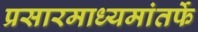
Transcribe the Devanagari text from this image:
प्रसारमाध्यमांतर्फे